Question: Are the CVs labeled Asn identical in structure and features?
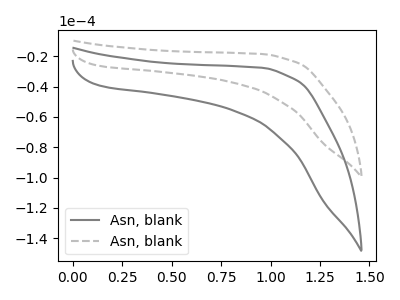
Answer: <think>The gray curve "Asn, blank1" has no peaks. The gray dashed curve "Asn, blank2" has no peaks.
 Neither "Asn, blank1" or "Asn, blank2" have any peaks.</think>
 <answer>All the CV's of "Asn" have similar shape.</answer>
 <eval>follow_rule</eval>